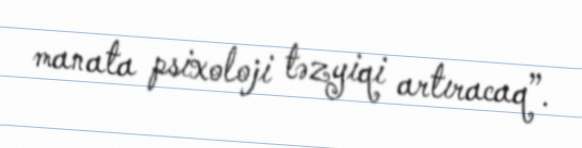
manata psixoloji təzyiqi artıracaq”.